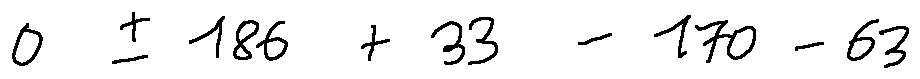
0 \pm 1 8 6 + 3 3 - 1 7 0 - 6 3